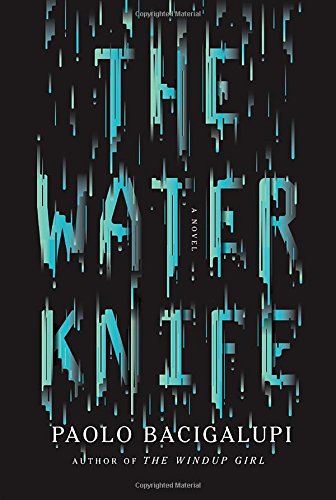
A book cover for The Water Knife: A novel; Paolo Bacigalupi; Science Fiction & Fantasy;